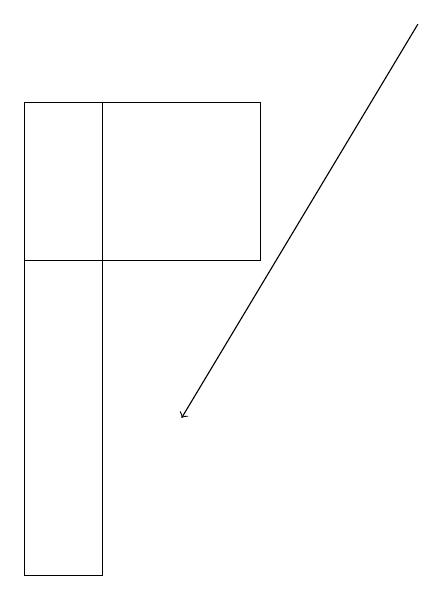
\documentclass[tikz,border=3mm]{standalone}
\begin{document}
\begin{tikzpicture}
\draw (1,11) rectangle (0,17);
\draw (0,17) rectangle (3,15);
\draw[->] (5,18) -- (2,13);
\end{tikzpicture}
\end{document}